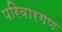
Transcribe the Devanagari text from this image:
परिवारगण